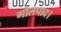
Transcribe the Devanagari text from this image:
गोलपाद।